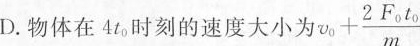
D.物体在4t_{0}时刻的速度大小为$$v _ { 0 } + \frac { 2 F _ { 0 } t _ { 0 } } { m }$$